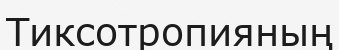
Тиксотропияның